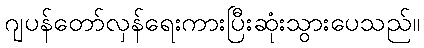
ဂျပန်တော်လှန်ရေးကားပြီးဆုံးသွားပေသည်။